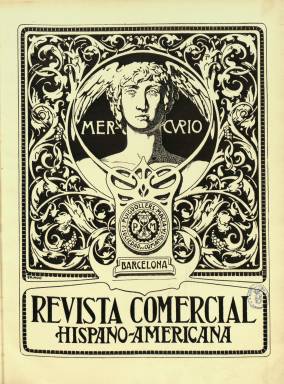
Título: Mercurio (Barcelona)
Otros títulos: Revista comercial hispano-americana || Revista comercial ibero-americana
Colección: Cultura || Economía
Ámbito geográfico: Barcelona
Lugar de publicación: Barcelona
Fechas: 03/12/1901-07/10/1920

Aparece su primer número el tres de diciembre de 1901 como publicación mensual y con el subtítulo “revista comercial hispano-americana” -en 1904 adopta el término ibero-americana-, fundada por el economista y comisionista José Puigdollers y Maciá (1866-1908), como director-propietario; el periodista y escritor Federico Rahola y Trémols (1858-1919), como director, y el reconocido pintor y escultor Pedro Casas Abarca (1875-1958), como director artístico y pronto, también, como presidente de su consejo de administración, a los que se suman el jurisconsulto y financiero Rafael Vehils y Grau-Bolívar (1886-1959) y Mariano Viada y Lluch (1867-1947), siendo estos dos últimos los que la codirijan tras el fallecimiento de Rahola, así como el economista republicano José Zulueta y Gomis (1858-1925). Todos ellos integran un destacado grupo del catalanismo burgués dedicado al establecimiento de un proyecto internacionalista-americanista a través de las relaciones comerciales y económicas, sin obviar las cuestiones sociales y culturales. Ello sucede al poco de la pérdida de las últimas colonias españolas y la depresión nacional consiguiente que da lugar a la que se denominará Generación del 98, y apenas concluido el famoso Congreso Social y Económico Hispano-Americano (Madrid: 1900), que, como instrumento modernizador, inspirará la salida de esta revista, desde donde el grupo catalanista sustituirá el discurso tradicional americanista de la raza y la historia común por el de los intereses comerciales (Fernández Moya: 2006).

En su primera etapa, la revista será órgano de la Casa Comisionista de exportación e importación, que, como sociedad en comandita, había establecido Puigdollers, asociado a la Compañía Transatlántica Española, propiedad del marqués de Comillas. Al poco, desde el grupo será fundado el Centro Jurídico Iberoamericano (1902), que después adopta el nombre de Instituto Jurídico Iberoamericano, así como la Sociedad Libre de Estudios Americanistas (1909) y el Club Americano (1910), fusionándose estas dos organizaciones en abril de 1911 para crear la Casa de América en Barcelona, cuyo director será Vehils hasta 1936 y en la que participa también el segundo marqués de Comillas, Claudio López Brú (1853-1925), convirtiéndose la revista en su órgano editorial. En torno a 1917, sus principales integrantes se adhieren a la Liga Regionalista catalana, liderada por Francisco Cambó y Batlle (1876-1947), obteniendo tanto Rahola, que fue también secretario de Fomento del Trabajo Nacional, como Vehils actas de diputado en las Cortes Generales, en el caso de este último en 1918-1921 y 1923. Asimismo, en 1927, crearán el Instituto de Economía Americana.

La publicación adopta para su título al dios de los comerciantes, es impresa en papel cuché y tiene un diseño modernista que le dota Casas Abarca, quien renovará la publicística artística catalana a través de los innumerables anuncios comerciales que diseña para su inserción publicitaria en sus páginas. Pronto, la revista dispondrá también de oficinas en Madrid y comienza a tener dos ediciones, una bajo la denominación “edición ilustrada de política económica” y otra, en formato rústico y hasta 1937, bajo la dirección de Simeón Mugüerza y Sanz (1851-1921) y, después, Mariano Viada Viada, como “edición comercial y de transportes”. La colección de la Biblioteca Nacional de España corresponde a la primera y acaba el siete de octubre de 1920, con el número 369, en su XX año de edición, faltándole el año 1919. La de la Hemeroteca Municipal de Madrid alcanza hasta 1937, pero este título estuvo publicándose hasta mediados de 1938.

Tanto la revista como el grupo catalanista y americanista que la sustentó, procedente de la Universidad de Barcelona y que llegó a proyectar una Universidad Hispano-Americana, y la aventura jurídica, empresarial y cultural que llevó a cabo han sido estudiados pormenorizadamente por Gabriela Dalla-Corte Caballero en importantes trabajos, ofreciendo el índice completo de los artículos publicados, firmados por una nómina de autores y autoras que supera el número de 800. Se trata de una publicación ilustrada, no sólo con dibujos, sino con profusión de fotografías en blanco y negro, además de planos y mapas, que acompañan a sus artículos, reportajes y crónicas (también llegará tener una sección propia de Información gráfica), a través de los cuales sus artífices difundirán sus iniciativas para hacer de Barcelona la capital de un impulso económico en España, que quedarán plasmadas también a través de su participación en la Exposición Universal de 1929.

Según Dalla-Corte, la revista sirvió de idóneo instrumento de propaganda mercantil con la pretensión de “aumentar la riqueza y la población, para influir en la general cultura y renovar por competo la política, haciendo que el Estado sea mirado como un apoyo y un impulso en vez de ser un obstáculo y una rémora”. Así, “sus casi cuarenta tomos constituyen un compendio de doctrina en materia jurídica, comercial, financiera y sociológica dirigido a industriales, comerciantes y exportadores interesados, entre otras cosas, en hacer desaparecer todo tipo de resquemor que todavía existía en América por el carácter del vínculo colonial”. También, la citada autora ha analizado comparativamente la renovación iberoamericanista española emprendida por el grupo catalanista en torno a Mercurio y la intelectual impulsada por el humanista Rafael Altamira desde la Universidad de Oviedo, a las que califica de paradigmas. Por su parte,  Manuel María Urrutia León (2008) ha estudiado las colaboraciones de Miguel de Unamuno en esta revista.

Algunos nombres, de lo citados, en catalán: Frederic Rahola i Trèmols, Marià Viada i Lluch, Rafael Vehils i Grau-Bolívar, Francesc Cambó i Batlle, Lliga Regionalista, Institut d’Estudis Americanistes, Casa d’Amèrica e Institut d’Economia Amèricana.